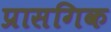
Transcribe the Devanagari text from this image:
प्रासगिक